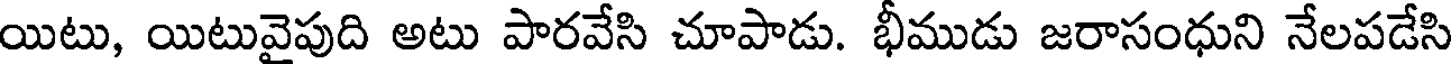
యిటు, యిటువైపుది అటు పారవేసి చూపాడు. భీముడు జరాసంధుని నేలపడేసి